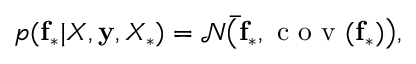
p ( \mathbf { f _ { * } } | X , \mathbf { y } , X _ { * } ) = \mathcal { N } \big ( \mathbf { \bar { f } _ { * } } , \mathrm { ~ c ~ o ~ v ~ } ( \mathbf { f _ { * } } ) \big ) ,